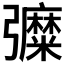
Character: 𢑀